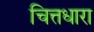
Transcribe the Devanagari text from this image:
चित्तधारा